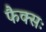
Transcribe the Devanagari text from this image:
फैक्सः